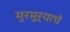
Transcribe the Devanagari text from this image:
मुरमुऱ्याचे